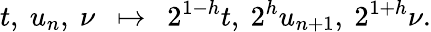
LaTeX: t,\ u_{n},\ \nu\ \ \mapsto\ \ 2^{1-h}t,\ 2^{h}u_{n+1},\ 2^{1+h}\nu.